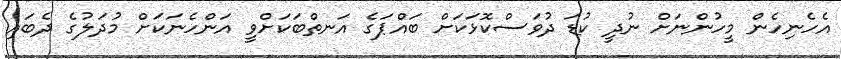
އެހެނިހެން މީހުންނަށް ނުދީ ކުޑަ ދުވަސްކޮޅަކަށް ބައްޕަގެ އަނތްބަކަށްވީ އަންހެނަކަށް މުދަލުގެ ދެބައި